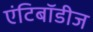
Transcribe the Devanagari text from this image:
एंटिबॉडीज